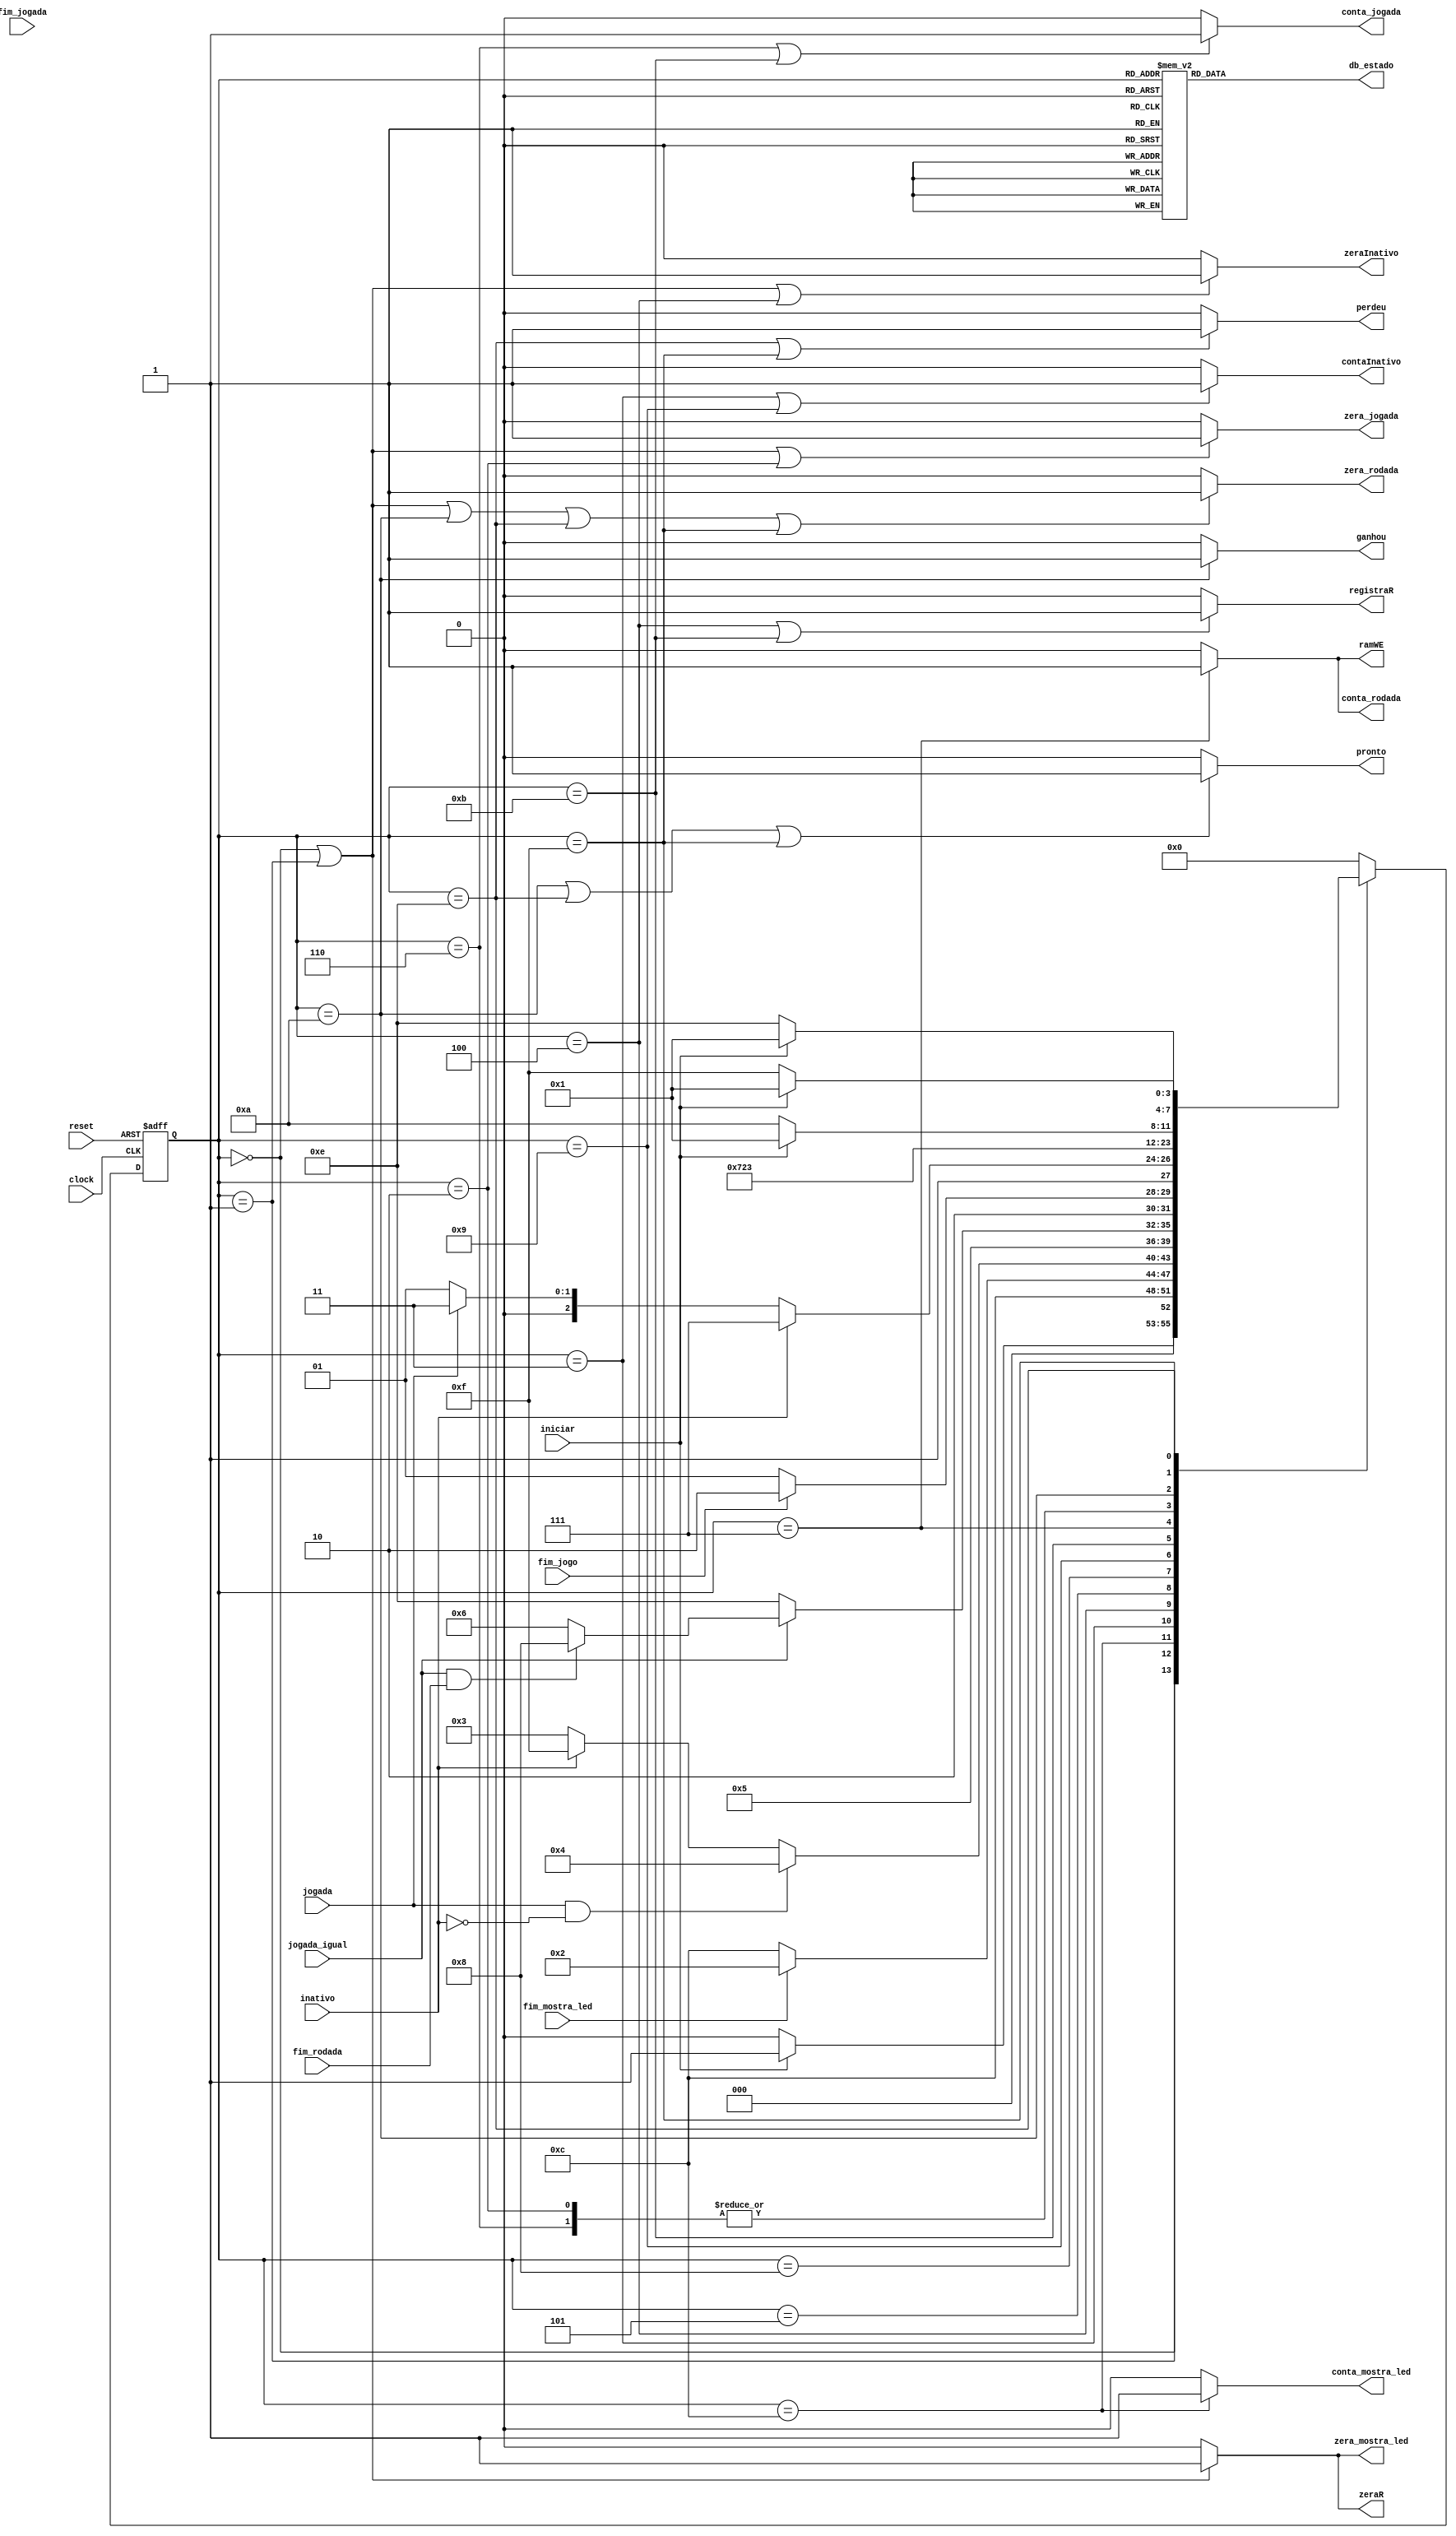
module unidade_controle (
    input      clock           ,
    input      reset           ,
    input      iniciar         ,
    input      fim_jogada      ,
    input      fim_rodada      , 
    input      fim_jogo        , 
    input      fim_mostra_led  ,
    input      jogada          , 
    input      jogada_igual    ,
	input      inativo         ,
    output reg conta_mostra_led, 
    output reg zera_mostra_led , 
    output reg zera_jogada     ,
    output reg conta_jogada    ,
    output reg zera_rodada     ,
    output reg conta_rodada    ,
	output reg contaInativo    ,
	output reg zeraInativo     ,
    output reg zeraR           ,
    output reg registraR       ,
    output reg ganhou          ,
    output reg perdeu          ,
    output reg pronto          ,
    output reg ramWE           ,
    output reg [3:0] db_estado
);
    
    /* declarao dos estados dessa UC */
    parameter inicial              = 4'b0000; // 0
    parameter inicializa_elementos = 4'b0001; // 1
    parameter inicio_da_rodada     = 4'b0010; // 2
    parameter espera_jogada        = 4'b0011; // 3
    parameter registra_jogada      = 4'b0100; // 4
    parameter compara_jogada       = 4'b0101; // 5
    parameter proxima_jogada       = 4'b0110; // 6
    parameter proxima_rodada       = 4'b0111; // 7
    parameter ultima_rodada        = 4'b1000; // 8
	parameter espera_nova          = 4'b1001; // 9
    parameter final_com_acertos    = 4'b1010; // A
	parameter registra_nova        = 4'b1011; // B
    parameter mostra_led           = 4'b1100; // C
    parameter final_com_erro       = 4'b1110; // E
	parameter final_com_timeout    = 4'b1111; // F

    // Variveis de estado
    reg [3:0] Eatual, Eprox;

    // Memria de estado
    always @(posedge clock or posedge reset) begin
        if (reset)
            Eatual <= inicial;
        else
            Eatual <= Eprox;
    end

    always @* begin
        case (Eatual)
            inicial:              Eprox = iniciar ? inicializa_elementos : inicial;
            inicializa_elementos: Eprox = mostra_led; 
            mostra_led:           Eprox = fim_mostra_led ? inicio_da_rodada : mostra_led;
            inicio_da_rodada:     Eprox = espera_jogada;
            espera_jogada:        Eprox = (jogada && ~inativo) ? registra_jogada : 
                                           inativo ? final_com_timeout : espera_jogada;
            registra_jogada:      Eprox = compara_jogada;
            compara_jogada:       Eprox = ~jogada_igual ? final_com_erro : 
                                          (jogada_igual && fim_rodada) ? ultima_rodada : proxima_jogada;
            ultima_rodada:        Eprox = fim_jogo ? final_com_acertos : espera_nova;
            espera_nova:		  Eprox = inativo ? final_com_timeout : jogada ? registra_nova : espera_nova;
            registra_nova:		  Eprox = proxima_rodada;
            proxima_rodada:       Eprox = inicio_da_rodada;
            proxima_jogada:       Eprox = espera_jogada;
            final_com_acertos:    Eprox = iniciar ? inicializa_elementos : final_com_acertos;
            final_com_erro:       Eprox = iniciar ? inicializa_elementos : final_com_erro;
			final_com_timeout:    Eprox = iniciar ? inicializa_elementos : final_com_timeout;
            default:              Eprox = inicial;
        endcase
    end

    // Lgica de sada (maquina Moore)
    always @* begin
	 
		ramWE            = (Eatual == proxima_rodada       ) ? 1'b1 : 1'b0;
        zera_mostra_led  = (Eatual == inicial              ||
                            Eatual == inicializa_elementos ) ? 1'b1 : 1'b0;
        conta_mostra_led = (Eatual == mostra_led           ) ? 1'b1 : 1'b0;
        zera_jogada      = (Eatual == inicial              || 
                            Eatual == inicializa_elementos || 
                            Eatual == inicio_da_rodada     ) ? 1'b1 : 1'b0;
        conta_rodada     = (Eatual == proxima_rodada       ) ? 1'b1 : 1'b0;   
        zera_rodada      = (Eatual == inicial              || 
                            Eatual == inicializa_elementos || 
                            Eatual == final_com_acertos    || 
                            Eatual == final_com_erro       || 
                            Eatual == final_com_timeout    ) ? 1'b1 : 1'b0;
        conta_jogada     = (Eatual == proxima_jogada       || 
                            Eatual == registra_nova        ) ? 1'b1 : 1'b0;
        pronto           = (Eatual == final_com_acertos    || 
                            Eatual == final_com_erro       || 
                            Eatual == final_com_timeout    ) ? 1'b1 : 1'b0; 
        zeraR            = (Eatual == inicial              || 
                            Eatual == inicializa_elementos ) ? 1'b1 : 1'b0;
        registraR        = (Eatual == registra_jogada      || 
                            Eatual == registra_nova        ) ? 1'b1 : 1'b0;
        ganhou           = (Eatual == final_com_acertos    ) ? 1'b1 : 1'b0; 
        perdeu           = (Eatual == final_com_erro       || 
                            Eatual == final_com_timeout    ) ? 1'b1 : 1'b0;
		zeraInativo      = (Eatual == inicial              || 
                            Eatual == inicializa_elementos || 
                            Eatual == registra_jogada      ) ? 1'b1 : 1'b0;
		contaInativo     = (Eatual == espera_jogada        || 
                            Eatual == espera_nova          ) ? 1'b1 : 1'b0;

        // Sada de depurao (estado)
        case (Eatual)
            inicial:              db_estado = 4'b0000; // 0
            inicializa_elementos: db_estado = 4'b0001; // 1
            inicio_da_rodada:     db_estado = 4'b0010; // 2
            espera_jogada:        db_estado = 4'b0011; // 3
            registra_jogada:      db_estado = 4'b0100; // 4
            compara_jogada:       db_estado = 4'b0101; // 5
            proxima_jogada:       db_estado = 4'b0110; // 6
            proxima_rodada:       db_estado = 4'b0111; // 7
            ultima_rodada:        db_estado = 4'b1000; // 8
			espera_nova:          db_estado = 4'b1001; // 9
            final_com_acertos:    db_estado = 4'b1010; // A
			registra_nova:        db_estado = 4'b1011; // B 
            mostra_led:           db_estado = 4'b1100; // C 
            final_com_erro:       db_estado = 4'b1110; // E
	        final_com_timeout:    db_estado = 4'b1111; // F
            default:              db_estado = 4'b1101; 
        endcase
    end

endmodule